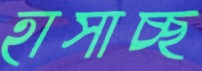
হাসাচ্ছ